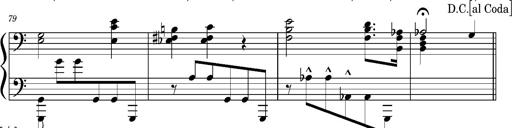
Title: PrÃ©ludes et Harmonies poÃ©tiques et religieuses
Composer: Franz Liszt